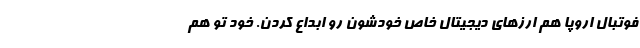
فوتبال اروپا هم ارزهای دیجیتال خاص خودشون رو ابداع کردن. خود تو هم